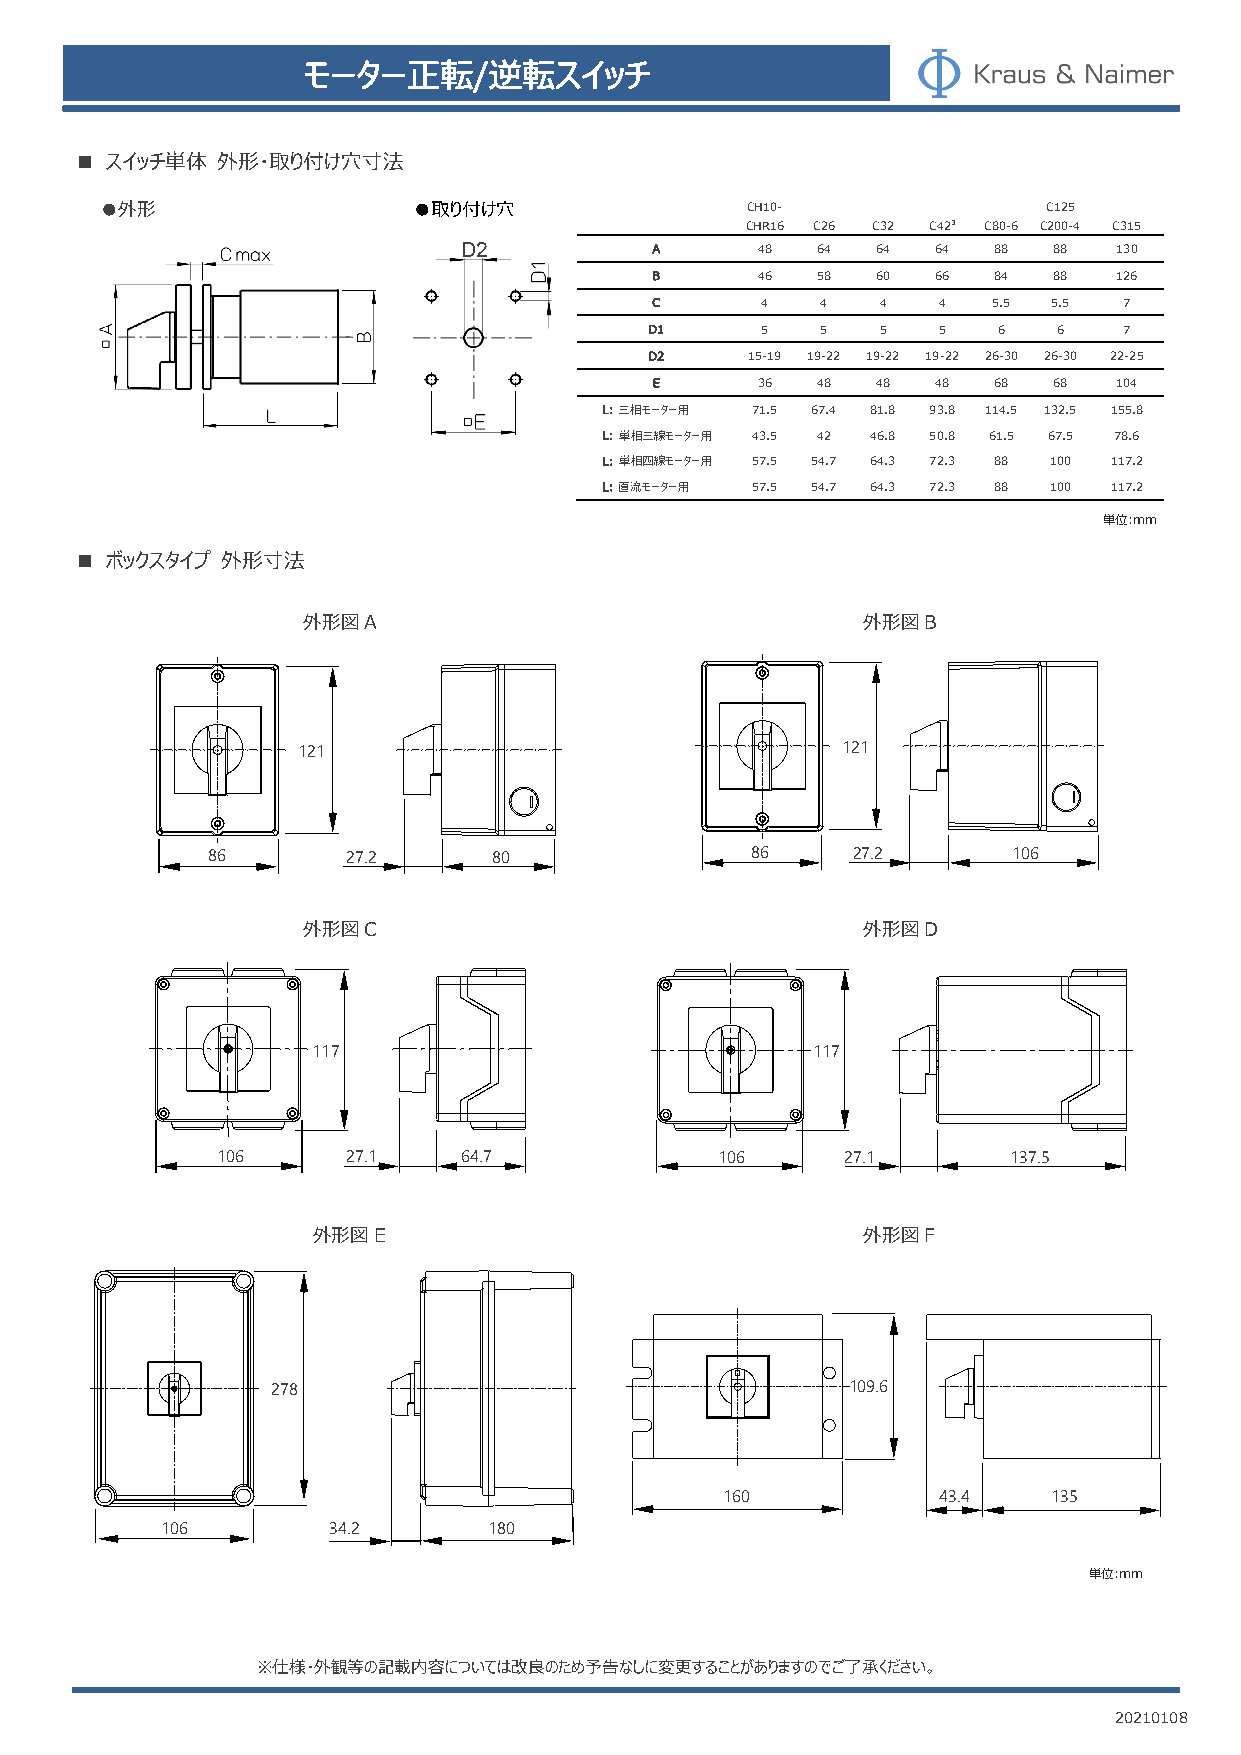
モーター正転/逆転スイッチ
 ■ スイッチ単体 外形・取り付け穴寸法
 ●外形                 ●取り付け穴                CH10-               C125
 CHR16 C26 C32 C423 C80-6 C200-4 C315
 D2           A      48  64  64  64  88  88  130
 B      46  58  60  66  84  88  126
 C      4   4   4   4   5.5 5.5 7
 D1     5   5   5   5   6   6   7
 D2    15-19 19-22 19-22 19-22 26-30 26-30 22-25
 E      36  48  48  48  68  68  104
 L: 三相モーター⽤ 71.5 67.4 81.8 93.8 114.5 132.5 155.8
 L: 単相三線モーター⽤ 43.5 42 46.8 50.8 61.5 67.5 78.6
 L: 単相四線モーター⽤ 57.5 54.7 64.3 72.3 88 100 117.2
 L: 直流モーター⽤ 57.5 54.7 64.3 72.3 88 100 117.2
 単位:mm
 ■ ボックスタイプ 外形寸法
 外形図A                                 外形図B
 121                                 121
 86       27.2      80               86    27.2       106
 外形図C                                 外形図D
 117                              117
 106      27.1    64.7            106      27.1       137.5
 外形図E                                外形図F
 278                                   109.6
 160           43.4    135
 106        34.2      180
 単位:mm
 ※仕様・外観等の記載内容については改良のため予告 なしに変更することがありますのでご了承ください。
 20210108